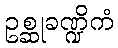
ဥစ္ဆုခဏ္ဍိကံ